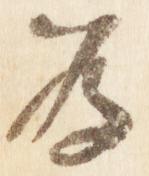
為